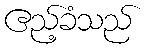
ဧည့်ခံသည်